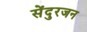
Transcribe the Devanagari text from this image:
सेंदुरजन